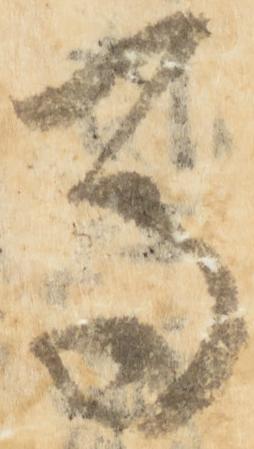
馬